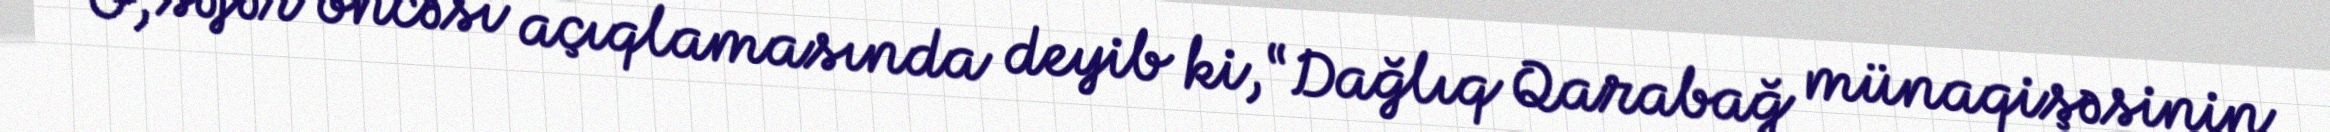
O, səfər öncəsi açıqlamasında deyib ki, “Dağlıq Qarabağ münaqişəsinin